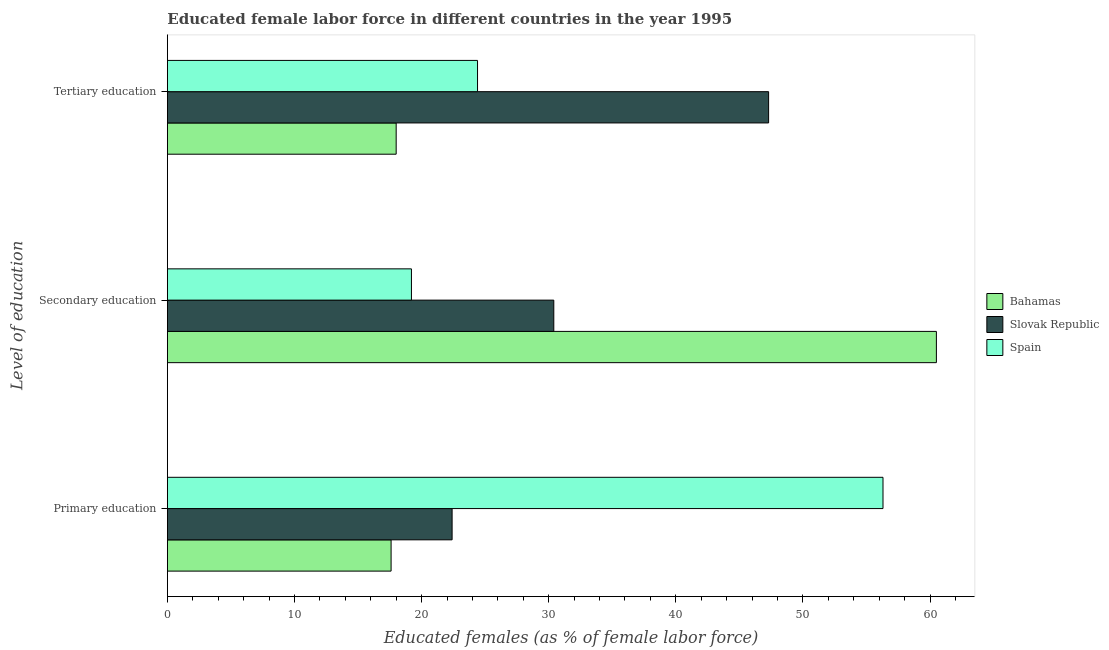
| Level of education | Bahamas | Slovak Republic | Spain |
 | --- | --- | --- | --- |
 | Primary education | 17.6 | 22.4 | 56.3 |
 | Secondary education | 60.5 | 30.4 | 19.2 |
 | Tertiary education | 18 | 47.3 | 24.4 |